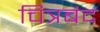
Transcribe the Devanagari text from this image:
चित्रबंद